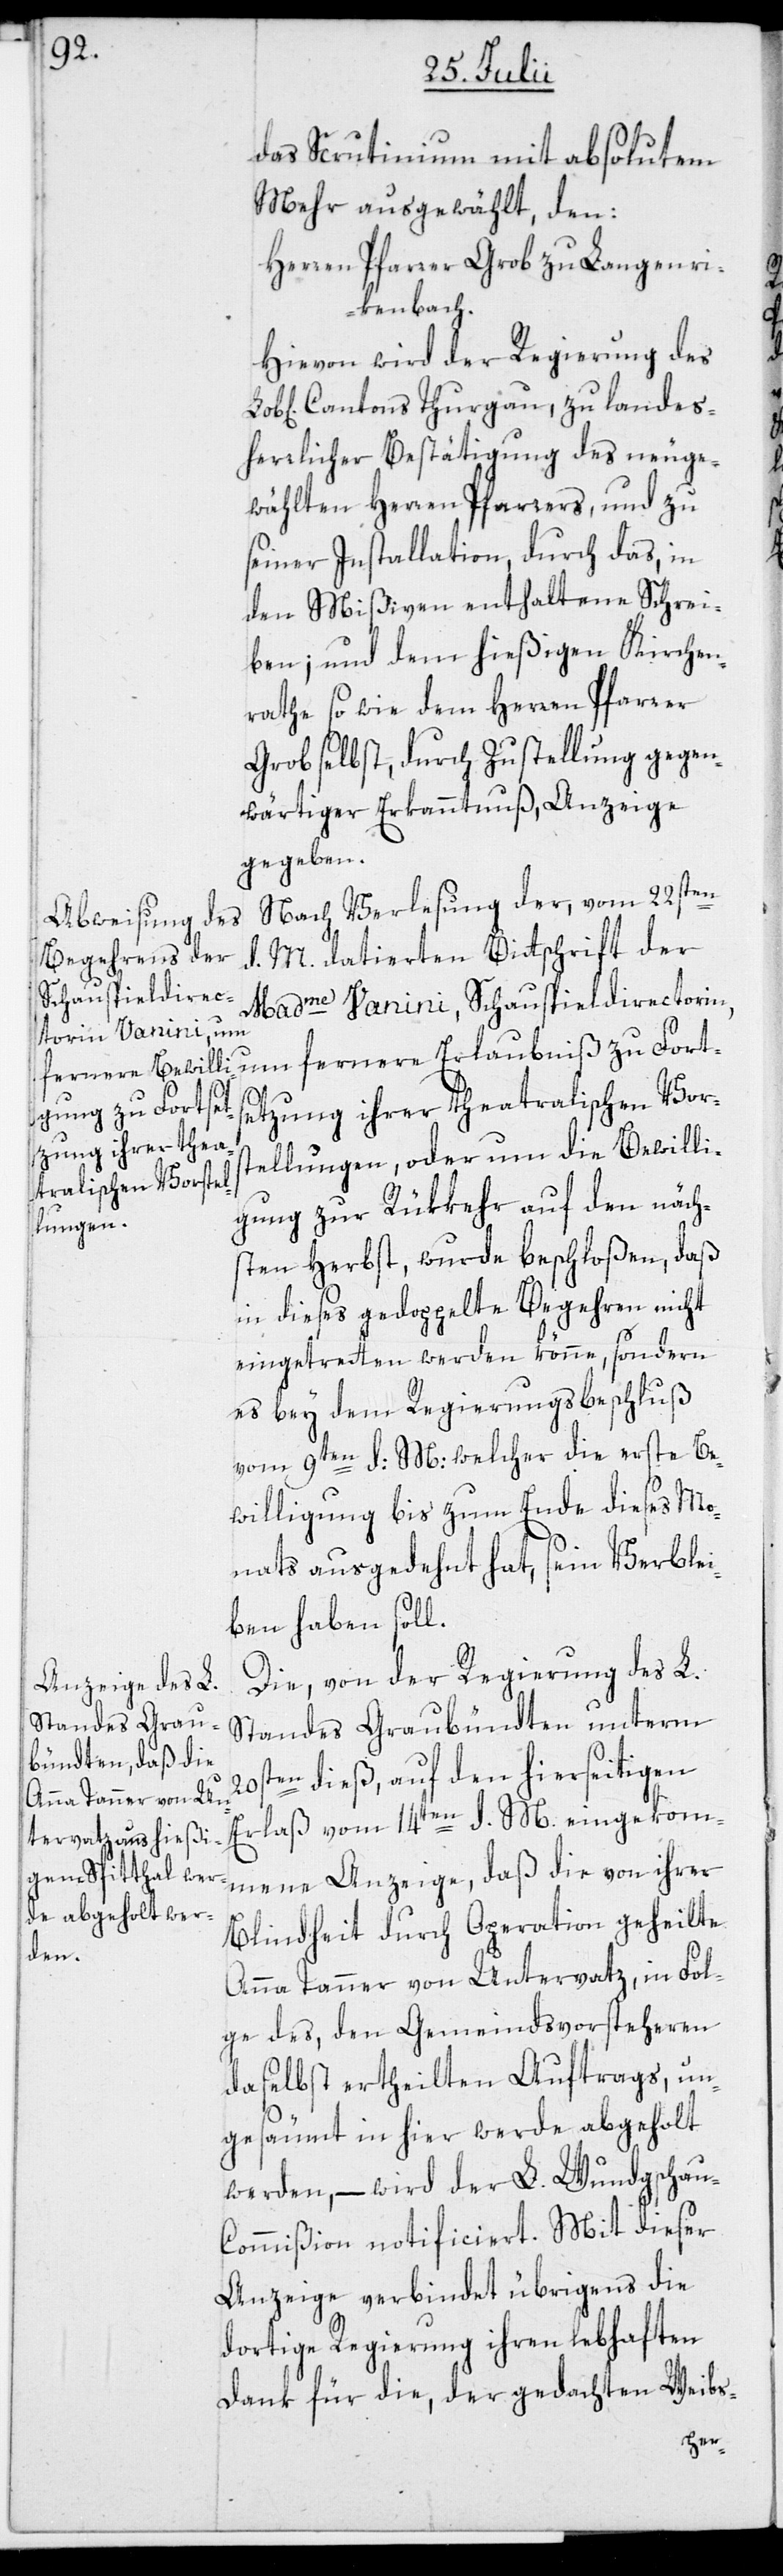
das Scrutinium mit absolutem
Mehr ausgewählt, den:
Herren Pfarrer Grob zu Langenri¬
kenbach.
Hievon wird der Regierung des
Cantons Thurgau, zu landes¬
herrlicher Bestätigung des neuge¬
wählten Herren Pfarrers, und zu
seiner Installation, durch das, in
den Mißiven enthaltene Schrei¬
ben; und dem hießigen Kirchen¬
rathe sowie dem Herren Pfarrer
Grob selbst, durch Zustellung gegen¬
wärtiger Erkanntnuß, Anzeige
gegeben.
Nach Verlesung der, vom 22sten
d. M. datierten Bittschrift der
Madme Vanini, Schauspieldirectorin,
um fernere Erlaubniß zu Forts¬
etzung ihrer theatralischen Vors¬
tellungen, oder um die Bewilli¬
gung zur Rükkehr auf den nächs¬
ten Herbst, wurde beschloßen, daß
in dieses gedoppelte Begehren nicht
eingetretten werden könne, sondern
es bey dem Regierungsbeschluß
vom 9ten d: M: welcher die erste Be¬
willigung bis zum Ende dieses Mo¬
nats ausgedehnt hat, sein Verblei¬
ben haben soll.
Die, von der Regierung des L.
Standes Graubündten unterm
ten dieß, auf den hierseitigen
20s¬
Erlaß vom 14ten d. M. eingekom¬
mene Anzeige, daß dir von ihrer
Blindheit durch Operation geheilte
Anna Tanner von Untervatz, in Fol¬
ge des, den Gemeindsvorsteheren
daselbst ertheilten Auftrags, un¬
gesäumt in hier werde abgeholt
werden, – wird der L. Wundgschau-C¬
ommißion notificiert. Mit dieser
Anzeige verbindet übrigens die
dortige Regierung ihren lebhaften
Dank für die, der gedachten Weibs-